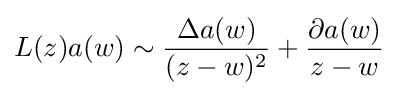
L(z)a(w)\sim {\frac {\Delta a(w)}{(z-w)^{2}}}+{\frac {\partial a(w)}{z-w}}